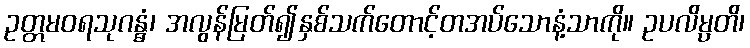
ဥတ္တမဝရသုဂန္ဓံ၊ အလွန်မြတ်၍နှစ်သက်တောင့်တအပ်သောနံ့သာကို။ ဥပလိမ္ပတိ၊